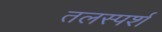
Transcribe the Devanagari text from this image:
तलस्पर्श